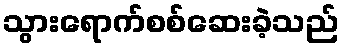
သွားရောက်စစ်ဆေးခဲ့သည်